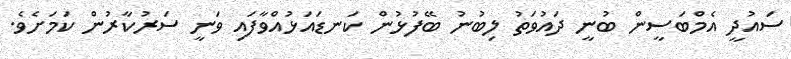
ސައުދީ އެމްބަސީން ބުނީ ދައުވަތު ލިބުނު ބޭފުޅުން ކަނޑައަޅުއްވާފައި ވަނީ ސަރުކާރުން ކަމަށެވެ.